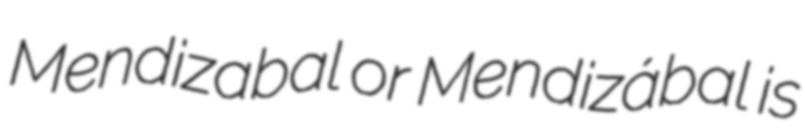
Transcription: Mendizabal or Mendizábal is